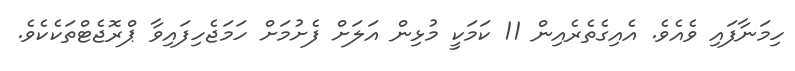
ހިމަނާފައި ވެއެވެ. އެއިގެތެރެއިން 11 ކަމަކީ މުޅިން އަލަށް ފެށުމަށް ހަމަޖެހިފައިވާ ޕްރޮޖެޓްތަކެކެވެ.